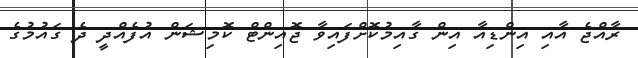
ރާއްޖެ އާއި އިންޑިއާ އިން ގާއިމުކޮށްފައިވާ ޖޮއިންޓް ކޮމިޝަން އުފެއްދީ ދެ ގައުމުގެ